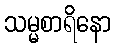
သမ္မစာရိနော